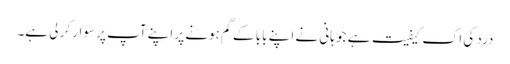
درد کی اک کیفیت ہے جو ہانی نے اپنے بابا کے گم ہونے پر اپنے آپ پر سوار کر لی ہے۔